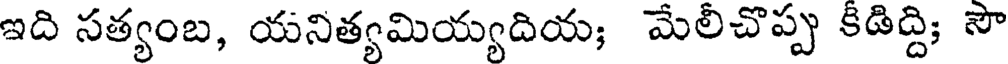
ఇది సత్యంబ, యనిత్యమియ్యదియ; మేలీచొప్ప కీడిద్ది; సౌ